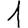
Digit: 1